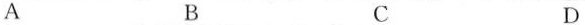
ABCD